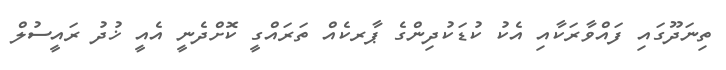
ތިނަދޫގައި ފައްވާރަކާއި އެކު ކުޑަކުދިންގެ ޕާރކެއް ތަރައްގީ ކޮށްދެނީ އެއީ ޚުދު ރައީސުލް